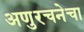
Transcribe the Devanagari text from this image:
अणुरचनेचा